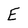
Character: E